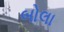
બોલા